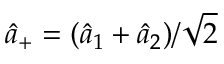
\hat { a } _ { + } = ( \hat { a } _ { 1 } + \hat { a } _ { 2 } ) / \sqrt { 2 }